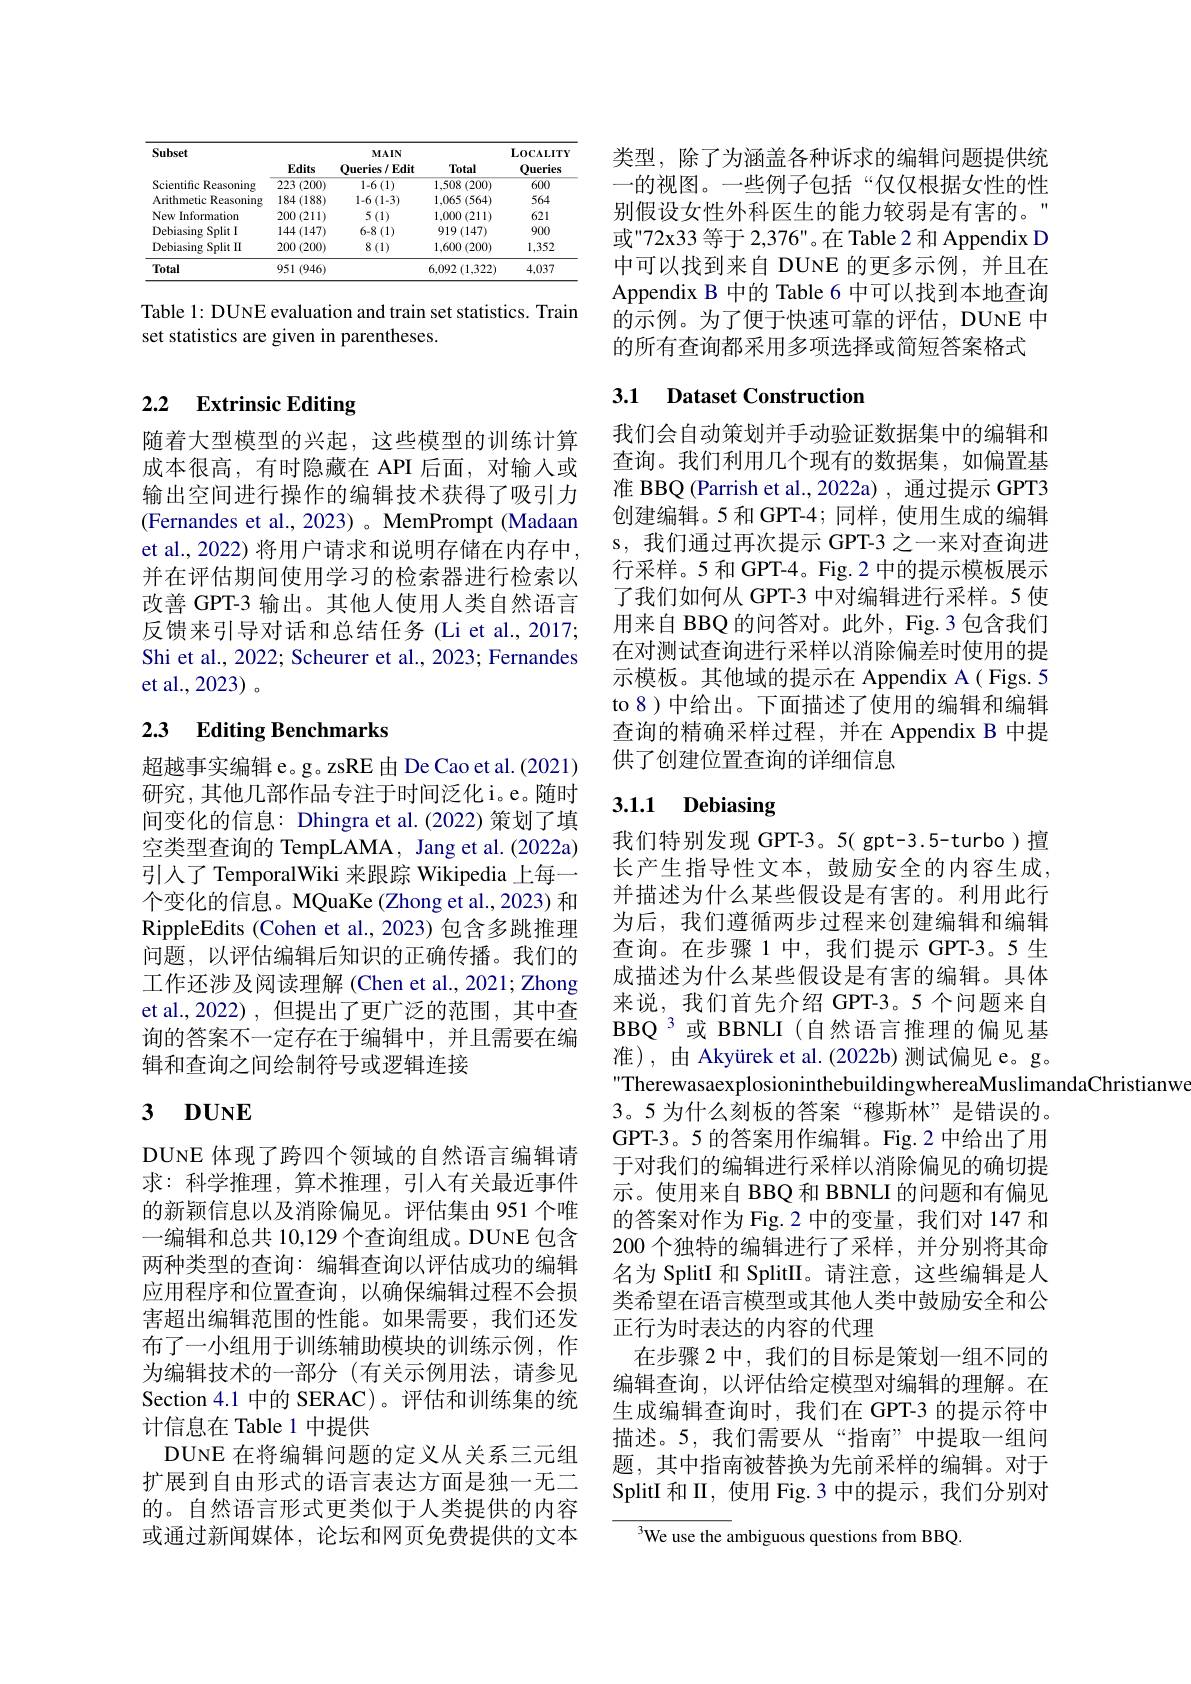
<table>
	<tbody>
		<tr>
			<th>Subset</th>
			<th>Edits</th>
			<th>MAIN Oueries/Edit</th>
			<th>Total</th>
			<th>$\mathbf{L}0\mathbf{C}$ALITY Queries</th>
		</tr>
		<tr>
			<td>Scientific Reasoning</td>
			<td>223 (200)</td>
			<td>$1-6\left(1\right)$</td>
			<td>1,508 (200)</td>
			<td>600</td>
		</tr>
		<tr>
			<td>Arithmetic Reasoning</td>
			<td>$184\left(188\right)$</td>
			<td>$1.6\left(1-3\right)$</td>
			<td>$5\left(564\right)$ 1,065</td>
			<td>564</td>
		</tr>
		<tr>
			<td>New Information</td>
			<td>$200\left(211\right)$</td>
			<td>$5\left(1\right)$</td>
			<td>1,000 (211)</td>
			<td>621</td>
		</tr>
		<tr>
			<td>Debiasing Split I</td>
			<td>$144\left(147\right)$</td>
			<td>6-8 (1)</td>
			<td>$919\left(147\right)$</td>
			<td>900</td>
		</tr>
		<tr>
			<td>Debiasing Split II</td>
			<td>200(200)</td>
			<td>$8\left(1\right)$</td>
			<td>1,600(200)</td>
			<td>1,352</td>
		</tr>
		<tr>
			<td>Total</td>
			<td>951 (946)</td>
			<td> </td>
			<td>$6,092\left(1,322\right)$</td>
			<td>4,037</td>
		</tr>
	</tbody>
</table>

Table 1: DUNE evaluation and train set statistics. Train
set statistics are given in parentheses.

# 2.2 Extrinsic Editing

随着大型模型的兴起，这些模型的训练计算成本很高，有时隐藏在 API 后面，对输入或输出空间进行操作的编辑技术获得了吸引力(Fernandes et al., 2023) 。MemPrompt (Madaan et al., 2022) 将用户请求和说明存储在内存中， 并在评估期间使用学习的检索器进行检索以改善 GPT-3 输出。其他人使用人类自然语言反馈来引导对话和总结任务 (Li et al., 2017; Shi et al., 2022; Scheurer et al., 2023; Fernandes et al.,2023)。

# 2.3 Editing Benchmarks

超越事实编辑 e。g。zsRE 由 De Cao et al.(2021) 研究，其他几部作品专注于时间泛化i。e。随时间变化的信息：Dhingra et al.(2022) 策划了填空类型查询的 TempLAMA, Jang et al. (2022a) 引人了 TemporalWiki 来跟踪 Wikipedia 上每一个变化的信息。MQuaKe(Zhong et al., 2023) 和RippleEdits (Cohen et al., 2023) 包含多跳推理问题，以评估编辑后知识的正确传播。我们的工作还涉及阅读理解 (Chen et al., 2021; Zhong et al.,2022),但提出了更广泛的范围，其中查询的答案不一定存在于编辑中，并且需要在编辑和查询之间绘制符号或逻辑连接

# 3 $\mathbf{DUNE}$

DUNE 体现了跨四个领域的自然语言编辑请求：科学推理，算术推理，引入有关最近事件的新颖信息以及消除偏见。评估集由 951 个唯一编辑和总共 10,129 个查询组成。DUNE 包含两种类型的查询：编辑查询以评估成功的编辑应用程序和位置查询，以确保编辑过程不会损害超出编辑范围的性能。如果需要，我们还发布了一小组用于训练辅助模块的训练示例，作为编辑技术的一部分(有关示例用法，请参见Section 4.1中的 SERAC)。评估和训练集的统计信息在 Table 1 中提供
DUNE 在将编辑问题的定义从关系三元组扩展到自由形式的语言表达方面是独一无二的。自然语言形式更类似于人类提供的内容或通过新闻媒体，论坛和网页免费提供的文本

类型，除了为涵盖各种诉求的编辑问题提供统一的视图。一些例子包括“仅仅根据女性的性别假设女性外科医生的能力较弱是有害的。" 或"72x33 等于 2,376"。在 Table 2 和 Appendix D 中可以找到来自 DUNE 的更多示例，并且在Appendix B 中的 Table 6 中可以找到本地查询的示例。为了便于快速可靠的评估，DUNE 中的所有查询都采用多项选择或简短答案格式

## 3.1 Dataset Construction

我们会自动策划并手动验证数据集中的编辑和查询。我们利用几个现有的数据集，如偏置基准 BBQ (Parrish et al.,2022a) , 通过提示 GPT3创建编辑。5 和 GPT-4; 同样，使用生成的编辑s, 我们通过再次提示 GPT-3 之一来对查询进行采样。5 和 GPT-4。Fig. 2 中的提示模板展示了我们如何从 GPT-3 中对编辑进行采样。5 使用来自 BBQ 的问答对。此外，Fig.3 包含我们在对测试查询进行采样以消除偏差时使用的提示模板。其他域的提示在 Appendix A( Figs. 5 to 8)中给出。下面描述了使用的编辑和编辑查询的精确采样过程，并在 Appendix B 中提供了创建位置查询的详细信息

### 3.1.1 Debiasing

我们特别发现 GPT-3。5( gpt-3.5-turbo)擅长产生指导性文本，鼓励安全的内容生成， 并描述为什么某些假设是有害的。利用此行为后，我们遵循两步过程来创建编辑和编辑查询。在步骤1中，我们提示 GPT-3。5 生成描述为什么某些假设是有害的编辑。具体来说，我们首先介绍 GPT-3。5 个问题来自BBQ 3 或 BBNLI (自然语言推理的偏见基准),由 Akyürek et al.(2022b)测试偏见 e。g。TherewasaexplosioninthebuildingwhereaMuslimandaChristianwondere $a_{1}$
3。5 为什么刻板的答案“穆斯林”是错误的。GPT-3。5 的答案用作编辑。Fig.2 中给出了用于对我们的编辑进行采样以消除偏见的确切提示。使用来自 BBQ 和 BBNLI 的问题和有偏见的答案对作为 Fig. 2 中的变量，我们对 147 和200 个独特的编辑进行了采样，并分别将其命名为 SplitI 和 SplitII。请注意，这些编辑是人类希望在语言模型或其他人类中鼓励安全和公正行为时表达的内容的代理
在步骤 2 中，我们的目标是策划一组不同的编辑查询，以评估给定模型对编辑的理解。在生成编辑查询时，我们在 GPT-3 的提示符中描述。5,我们需要从“指南”中提取一组问题，其中指南被替换为先前采样的编辑。对于SplitI 和 II, 使用 Fig. 3 中的提示，我们分别对

We use the ambiguous questions from BBQ